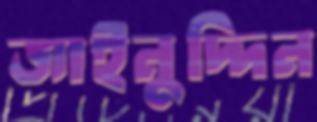
জাইনুদ্দিন